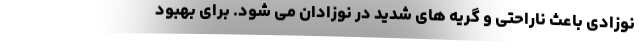
نوزادی باعث ناراحتی و گریه های شدید در نوزادان می شود. برای بهبود